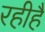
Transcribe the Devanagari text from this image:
रहीहै